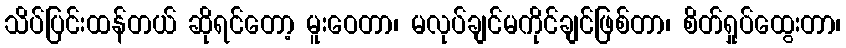
သိပ်ပြင်းထန်တယ် ဆိုရင်တော့ မူးဝေတာ၊ မလုပ်ချင်မကိုင်ချင်ဖြစ်တာ၊ စိတ်ရှုပ်ထွေးတာ၊